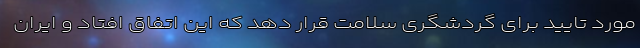
مورد تایید برای گردشگری سلامت قرار دهد که این اتفاق افتاد و ایران